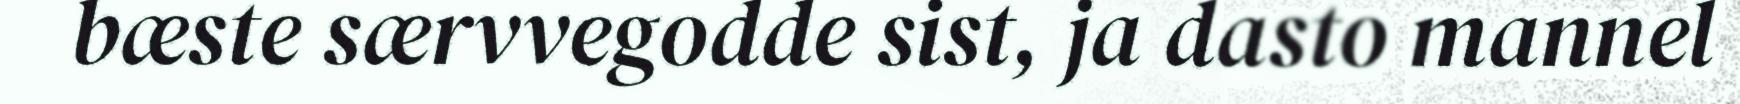
bæste særvvegodde sist, ja dasto mannel